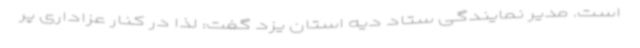
است. مدیر نمایندگی ستاد دیه استان یزد گفت: لذا در کنار عزاداری پر